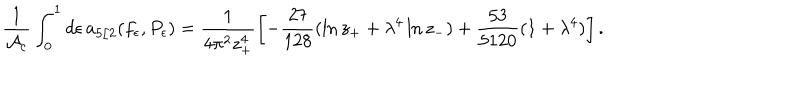
LaTeX: { \frac { 1 } { { \cal A } _ { c } } } \int _ { 0 } ^ { 1 } d \epsilon \, a _ { 5 / 2 } ( f _ { \epsilon } , P _ { \epsilon } ) = \frac { 1 } { 4 \pi ^ { 2 } z _ { + } ^ { 4 } } \left[ - \frac { 2 7 } { 1 2 8 } ( \ln z _ { + } + \lambda ^ { 4 } \ln z _ { - } ) + \frac { 5 3 } { 5 1 2 0 } ( 1 + \lambda ^ { 4 } ) \right] .